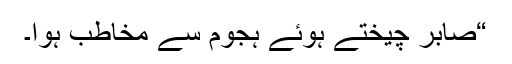
“صابر چیختے ہوئے ہجوم سے مخاطب ہوا۔